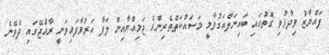
ފައްޔާޒު ވިދާޅުވި ގޮތުގައި ބައިނަލްއަގުވާމީ މަސައްކަތްތެރިންގެ ޖަމިއްޔާއިން ލަފާ އަރުވާފައިވަނީ ރާއްޖޭގައި ދެވޭނެ